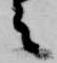
之